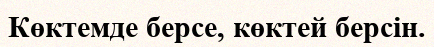
Көктемде берсе, көктей берсін.